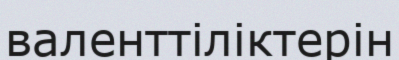
валенттіліктерін